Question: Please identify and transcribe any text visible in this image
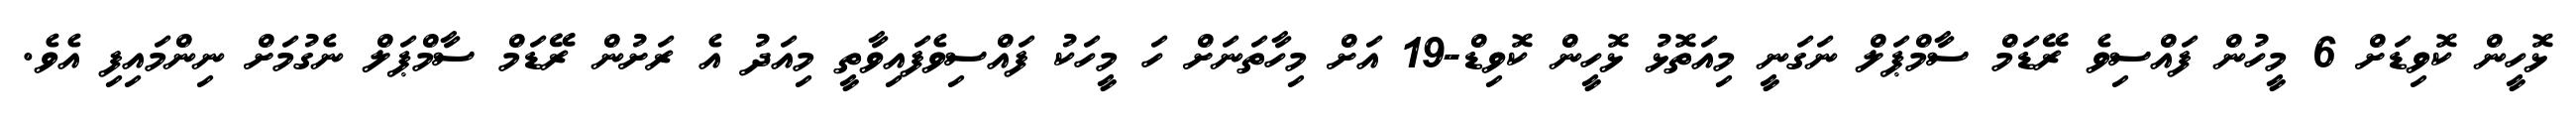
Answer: ޅޮހީން ކޮވިޑަށް 6 މީހުން ފައްސިވެ ރޭޑަމް ސާމްޕަލް ނަގަނީ މިއަތޮޅު ޅޮހީން ކޮވިޑް-19 އަށް މިހާތަނަށް ހަ މީހަކު ފައްސިވެފައިވާތީ މިއަދު އެ ރަށުން ރޭޑަމް ސާމްޕަލް ނެގުމަށް ނިންމައިފި އެވެ.